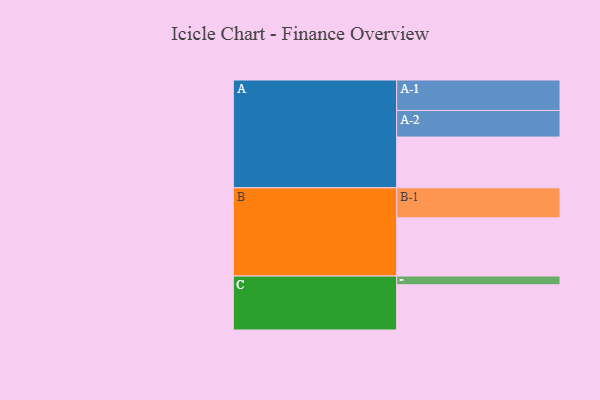
{"axis": {"x": "Segment", "y": "Value"}, "legend": ["", "A", "B", "C"], "data": [{"x": "A", "y": 495, "type": ""}, {"x": "B", "y": 567, "type": ""}, {"x": "C", "y": 441, "type": ""}, {"x": "A-1", "y": 297, "type": "A"}, {"x": "A-2", "y": 259, "type": "A"}, {"x": "B-1", "y": 293, "type": "B"}, {"x": "C-1", "y": 85, "type": "C"}]}